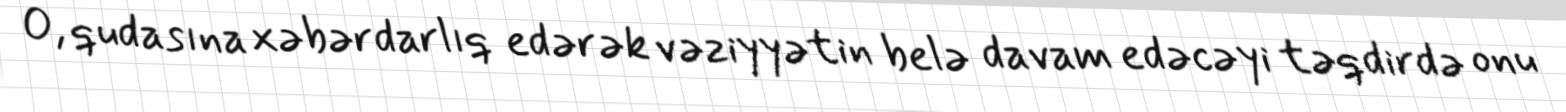
O, qudasına xəbərdarlıq edərək vəziyyətin belə davam edəcəyi təqdirdə onu